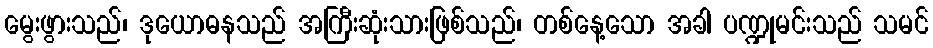
မွေးဖွားသည်၊ ဒုယောဓနသည် အကြီးဆုံးသားဖြစ်သည်၊ တစ်နေ့သော အခါ ပဏ္ဍုမင်းသည် သမင်